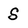
Character: S